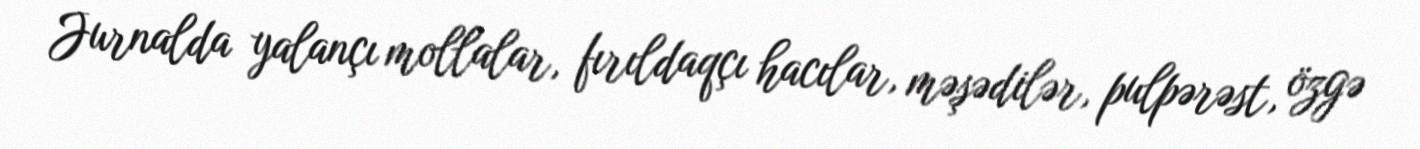
Jurnalda yalançı mollalar, fırıldaqçı hacılar, məşədilər, pulpərəst, özgə